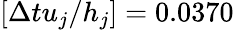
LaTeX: [\Delta tu_{j}/h_{j}]=0.0370